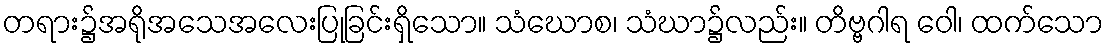
တရား၌အရိုအသေအလေးပြုခြင်းရှိသော။ သံဃောစ၊ သံဃာ၌လည်း။ တိဗ္ဗဂါရ ဝေါ၊ ထက်သော